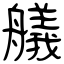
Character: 艤